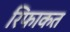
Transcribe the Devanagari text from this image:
रिफाकत